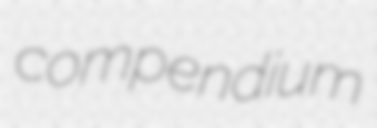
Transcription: compendium